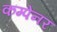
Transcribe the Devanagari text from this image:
कम्पेनर